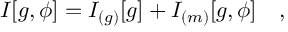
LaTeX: I [ g , \phi ] = I _ { ( g ) } [ g ] + I _ { ( m ) } [ g , \phi ] ~ ~ ~ ,